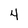
Character: 4